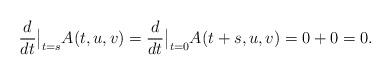
LaTeX: \begin{align*} \frac{d}{dt}\big|_{t=s}A(t,u,v)=\frac{d}{dt}\big|_{t=0}A(t+s,u,v)=0+0=0. \end{align*}